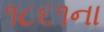
૧૮૬૧ના